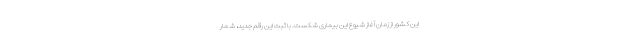
این کشور از زمان آغاز شیوع این بیماری شکست. با ثبت این رقم جدید، شمار